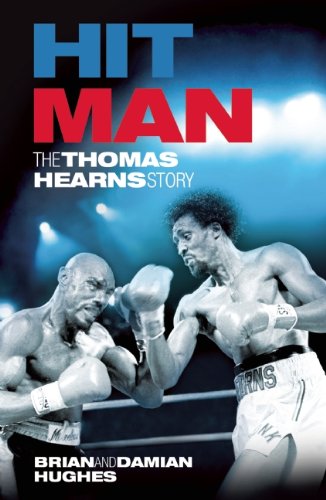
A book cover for Hit Man: The Thomas Hearns Story; Brian Hughes; Sports & Outdoors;